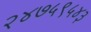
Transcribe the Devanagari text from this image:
२४७५९५४३